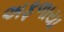
અફળાયા